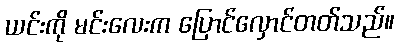
ယင်းကို မင်းလေးက ပြောင်လှောင်တတ်သည်။